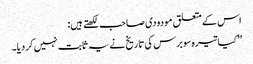
اس کے متعلق مودودی صاحب لکھتے ہیں:
’’کیا تیرہ سو برس کی تاریخ نے یہ ثابت نہیں کردیا۔